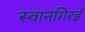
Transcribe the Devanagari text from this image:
स्वानगिरई